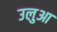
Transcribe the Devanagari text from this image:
उलुआ